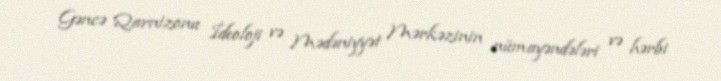
Gəncə Qarnizonu İdeoloji və Mədəniyyət Mərkəzinin nümayəndələri və hərbi